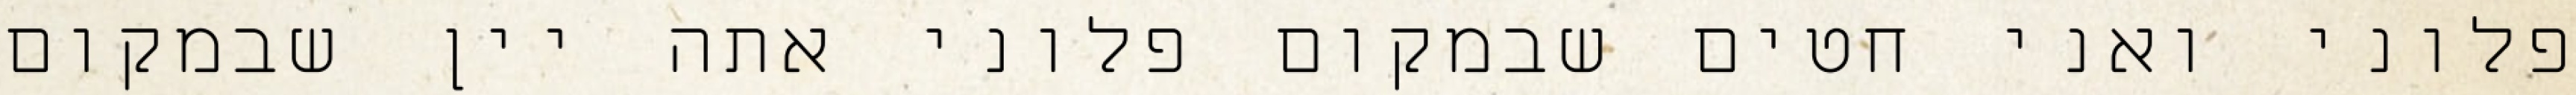
פלוני ואני חטים שבמקום פלוני אתה יין שבמקום